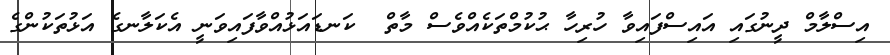
އިސްލާމް ދީނުގައި އައިސްފައިވާ ހުރިހާ ޙުކުމްތަކެއްވެސް މާތް  ކަނޑައަޅުއްވާފައިވަނީ އެކަލާނގެ އަޅުތަކުންގެ